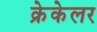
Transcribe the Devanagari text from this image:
क्रेकेलर